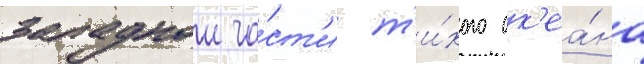
западнои ча́ст'и т'и́хого ок'еа́на